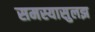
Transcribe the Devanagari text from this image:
समस्यासुलझ